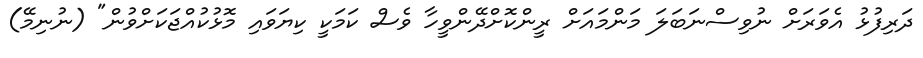
ދަރިފުޅު އެވަރަށް ނުވިސްނަބަލަ މަންމައަށް ރީންކޮށްދޭންވީހާ ވެސް ކަމަކީ ކިޔަވައި މޮޅުކުއްޖަކަށްވުން" (ނުނިމޭ)